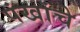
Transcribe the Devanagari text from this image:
पंखांचे